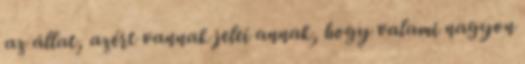
az állat, azért vannak jelei annak, hogy valami nagyon